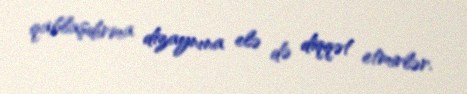
qablaşdırma dizaynına elə də diqqət etmirlər.